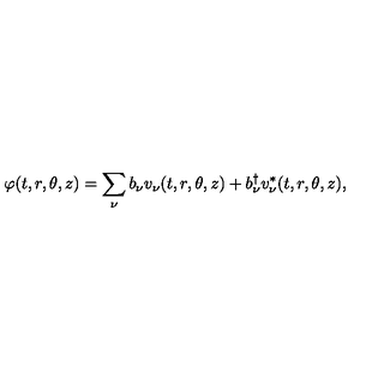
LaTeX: \varphi ( t , r , \theta , z ) = \sum _ { \nu } b _ { \nu } v _ { \nu } ( t , r , \theta , z ) + b _ { \nu } ^ { \dag } v _ { \nu } ^ { * } ( t , r , \theta , z ) ,